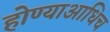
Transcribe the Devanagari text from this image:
होण्याआधिच